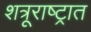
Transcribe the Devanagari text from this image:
शत्रूराष्ट्रात